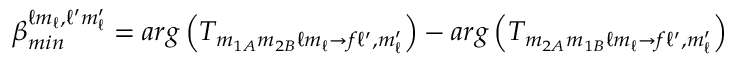
\beta _ { m i n } ^ { \ell m _ { \ell } , \ell ^ { \prime } m _ { \ell } ^ { \prime } } = a r g \left( T _ { m _ { 1 A } m _ { 2 B } \ell m _ { \ell } \rightarrow f \ell ^ { \prime } , m _ { \ell } ^ { \prime } } \right) - a r g \left( T _ { m _ { 2 A } m _ { 1 B } \ell m _ { \ell } \rightarrow f \ell ^ { \prime } , m _ { \ell } ^ { \prime } } \right)